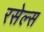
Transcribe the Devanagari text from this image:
रसेल्स